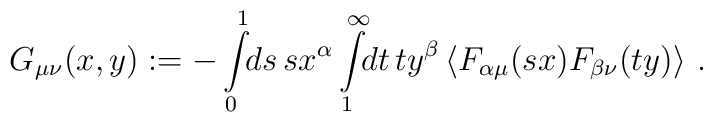
G_{\mu\nu}(x,y) := -\int\limits^1_0 \!\! ds \, s x^\alpha \int\limits^\infty_1 \!\! dt \, t y^\beta\left\langle F_{\alpha\mu}(sx) F_{\beta\nu}(ty) \right\rangle  \,.